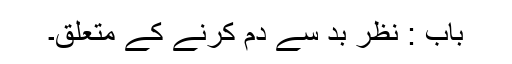
باب : نظر بد سے دم کرنے کے متعلق۔